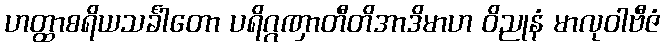
ဟတ္ထာစရိယသင်္ခါတော ပရိဂ္ဂဏှာတီတိအာဒိမာဟ ဝိညုနံ မာလုဝါဗီဇံ